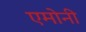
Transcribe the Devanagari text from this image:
एमोनी